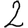
Digit: 2